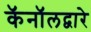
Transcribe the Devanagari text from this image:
कॅनॉलद्वारे